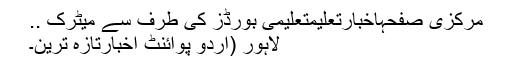
مرکزی صفحہاخبارتعلیمتعلیمی بورڈز کی طرف سے میٹرک ..
لاہور (اُردو پوائنٹ اخبارتازہ ترین۔